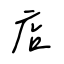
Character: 店